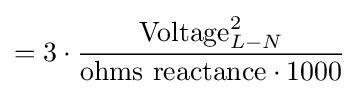
=3\cdot {\frac {{\text{Voltage}}_{L-N}^{2}}{{\text{ohms reactance}}\cdot 1000}}